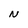
Character: N